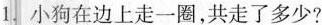
1.小狗在边上走一圈，共走了多少?